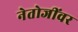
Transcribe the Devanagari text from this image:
नेतोजींवर